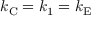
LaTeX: k _ { \mathrm { { C } } } = k _ { 1 } = k _ { \mathrm { { E } } }